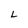
Character: L